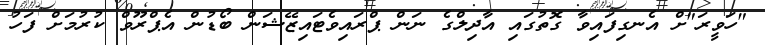
"ހަވީރަ"ށް އެނގިފައިވާ ގޮތުގައި އާދިލްގެ ނަން ޕްރައިވެޓައިޒޭޝަން ބޯޑުން އެޕްރޫވް ކުރުމަށް ފަހު